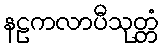
နဠကလာပီသုတ္တံ